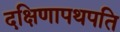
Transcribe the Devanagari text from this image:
दक्षिणापथपति